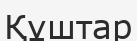
Құштар